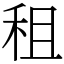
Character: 租